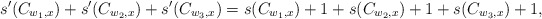
\begin{align*}s'(C_{w_1,x}) + s'(C_{w_2,x})+ s'(C_{w_3,x}) = s(C_{w_1,x}) +1 + s(C_{w_2,x})+ 1 + s(C_{w_3,x}) +1,\end{align*}